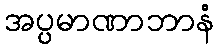
အပ္ပမာဏာဘာနံ